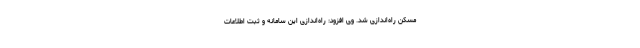
مسکن راه‌اندازی شد. وی افزود: راه‌اندازی این سامانه و ثبت اطلاعات